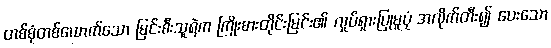
တစ်စုံတစ်ယောက်သော မြင်းစီးသူရဲက ကြိုးစားတိုင်းမြင်း၏ လှုပ်ရှားပြုမူပုံ အလိုက်တီး၍ ပေးသော